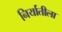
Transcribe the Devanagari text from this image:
निर्यातीला